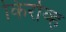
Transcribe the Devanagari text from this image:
किरोव्ह